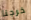
خرجنا